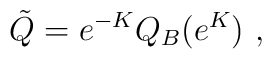
\tilde{Q}=e^{-K}Q_B(e^{K}) \ ,